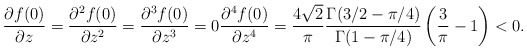
\begin{align*}\frac{\partial f(0)}{\partial z}=\frac{\partial^2 f(0)}{\partial z^2}=\frac{\partial^3 f(0)}{\partial z^3}=0\frac{\partial^4 f(0)}{\partial z^4}&=\frac{4\sqrt{2}}{\pi}\frac{\Gamma(3/2-\pi/4)}{\Gamma(1-\pi/4)}\left(\frac{3}{\pi}-1 \right)<0.\end{align*}